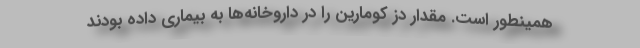
همینطور است. مقدار دز کومارین را در داروخانه‌ها به بیماری داده بودند